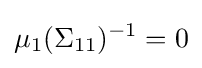
\mu _{1}(\Sigma _{11})^{-1}=0